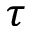
\tau